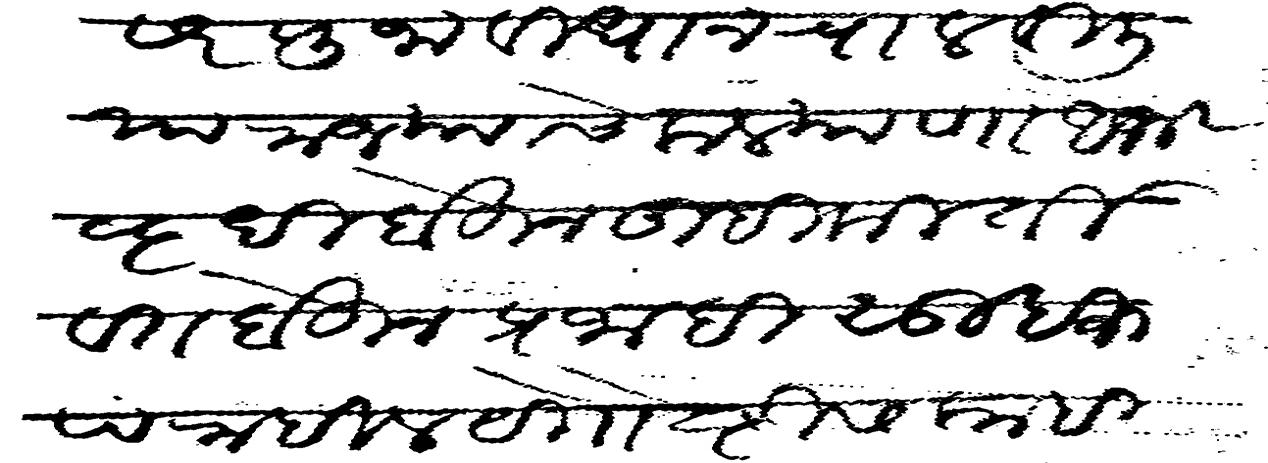
Transliteration (Devanagari): वीदीपुरसर पुजा वीधान चालवीली या राज्याचे कल्याणा अभीवृधी होऊन तुम्ही कीर्तीवत होऊन प्रजाही सुखरुप राहील ये गोष्टीस काही